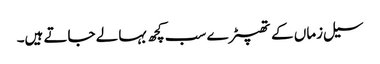
سیل زماں کے تھپیڑے سب کچھ بہا لے جاتے ہیں۔